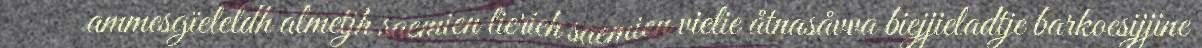
ammesgïeleldh almetjh saemien lierieh saemien vielie åtnasåvva biejjieladtje barkoesijjine